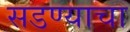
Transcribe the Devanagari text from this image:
सडण्याचा